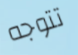
تتوجه